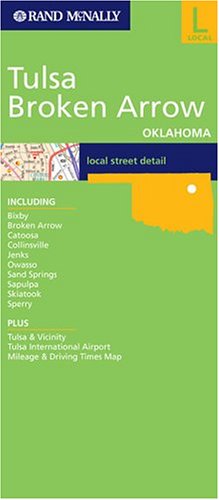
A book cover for Rand McNally Tulsa, Broken Arrow Oklahoma (Rand McNally City Maps); Rand McNally; Travel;